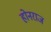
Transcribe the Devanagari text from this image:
होनराज